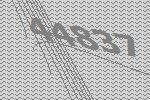
44837